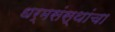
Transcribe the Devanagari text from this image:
धर्मसंस्थांचा